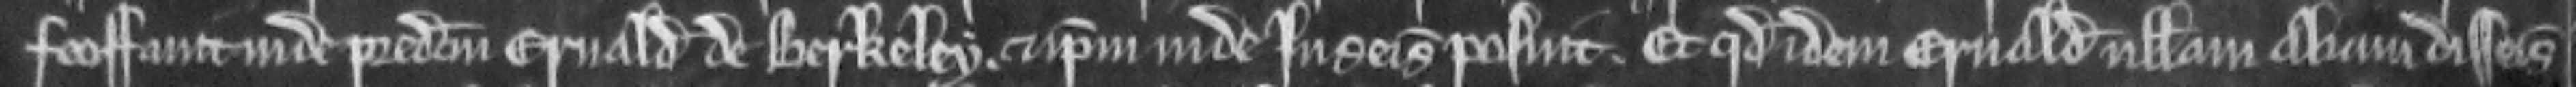
feoffavit inde predictum Ernaldum de Berkeley. et ipsum inde in seisina posuit. Et quod idem Ernaldus nullam aliam disseisinam